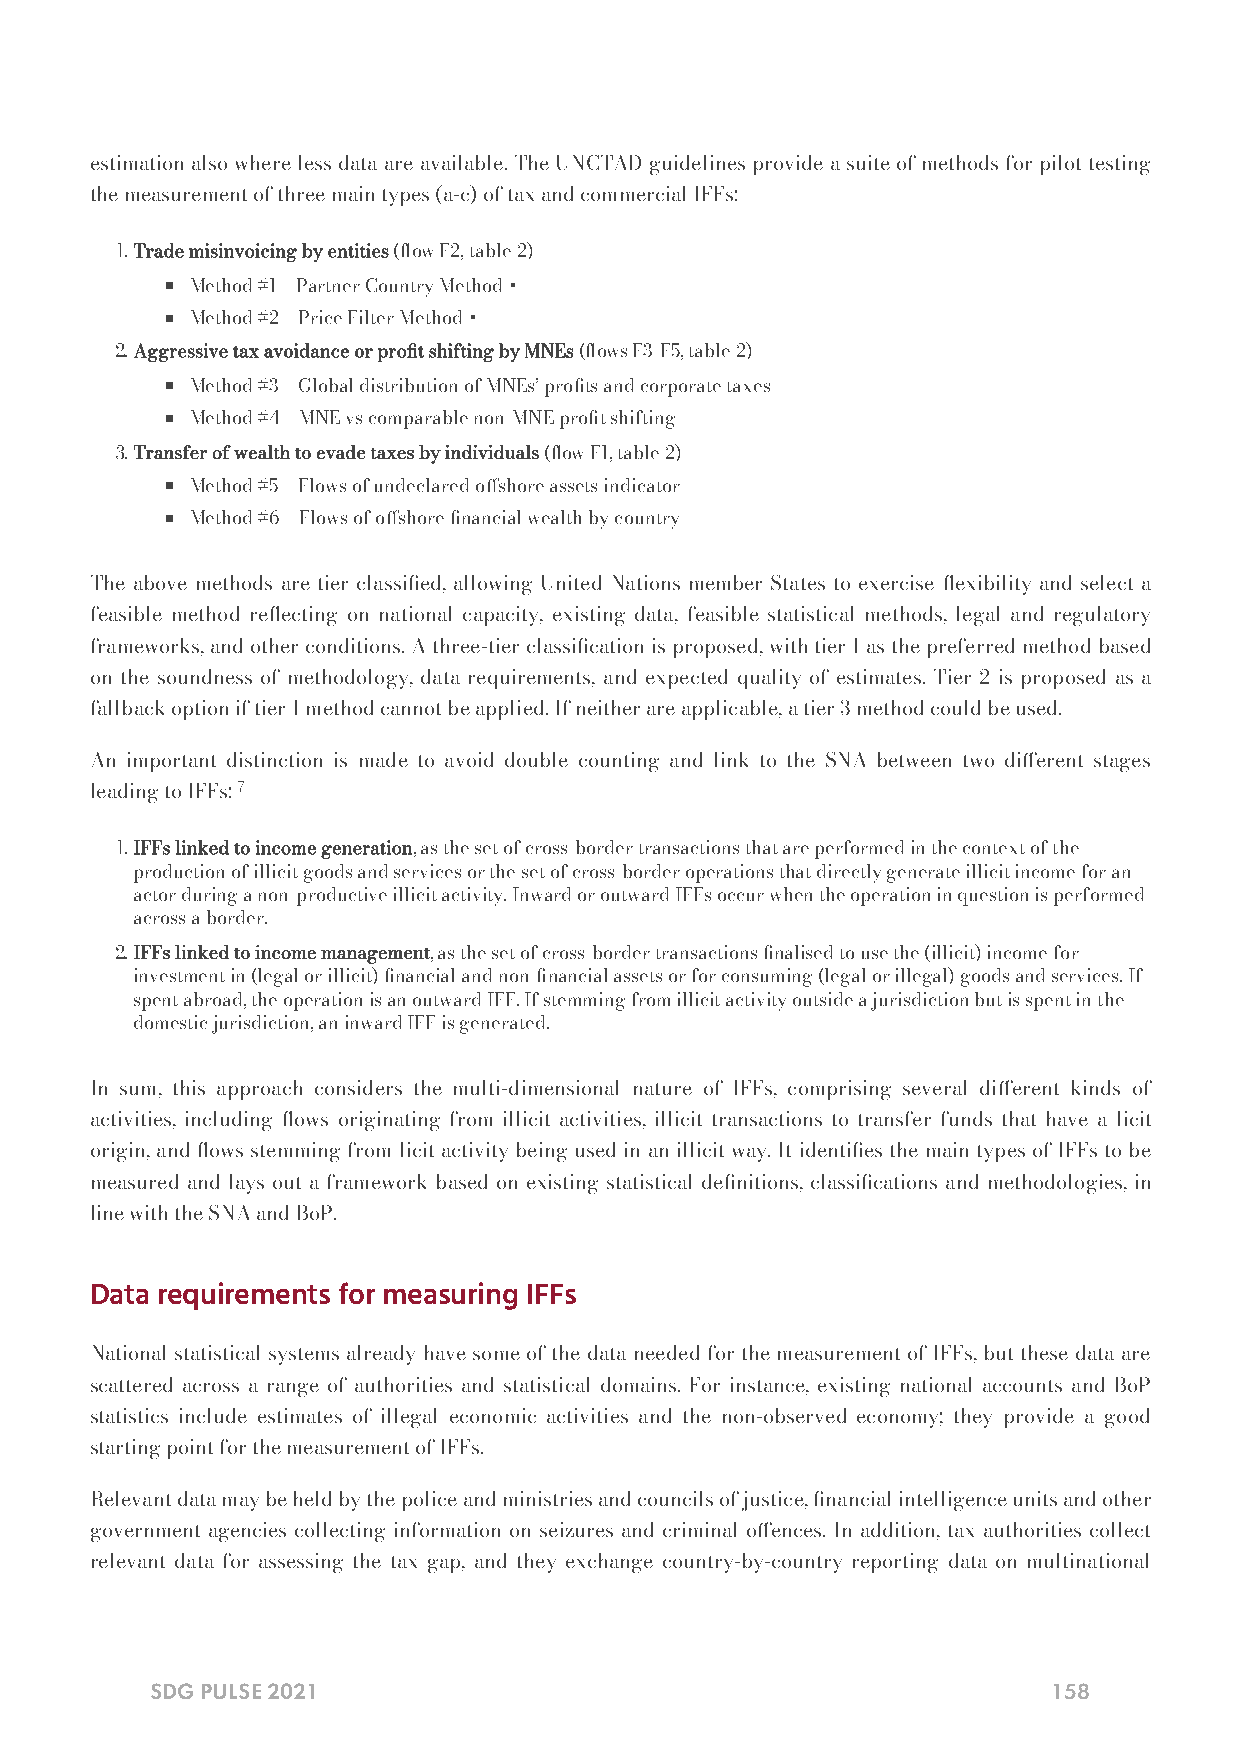
estimation also where less data are available. The UNCTAD guidelines provide a suite of methods for pilot testing
 the measurement of three main types (a-c) of tax and commercial IFFs:
 .Trade misinvoicing by entities (ow F2, table 2)
 Method #1 – Partner Country Method +
 Method #2 – Price Filter Method +
 .Aggressive tax avoidance or prot shifting by MNEs (ows F3-F5, table 2)
 Method #3 – Global distribution of MNEs’ prots and corporate taxes
 Method #4 – MNE vs comparable non-MNE prot shifting
 .Transfer of wealth to evade taxes by individuals (ow F1, table 2)
 Method #5 – Flows of undeclared oshore assets indicator
 Method #6 – Flows of oshore nancial wealth by country
 The above methods are tier classied, allowing United Nations member States to exercise exibility and select a
 feasible method reecting on national capacity, existing data, feasible statistical methods, legal and regulatory
 frameworks, and other conditions. A three-tier classication is proposed, with tier 1 as the preferred method based
 on the soundness of methodology, data requirements, and expected quality of estimates. Tier 2 is proposed as a
 fallback option if tier 1 method cannot be applied. If neither are applicable, a tier 3 method could be used.
 An important distinction is made to avoid double counting and link to the SNA between two dierent stages
 leading to IFFs: 7
 .IFFs linked to income generation, as the set of cross-border transactions that are performed in the context of the
 production of illicit goods and services or the set of cross-border operations that directly generate illicit income for an
 actor during a non-productive illicit activity. Inward or outward IFFs occur when the operation in question is performed
 across a border.
 .IFFs linked to income management, as the set of cross-border transactions nalised to use the (illicit) income for
 investment in (legal or illicit) nancial and non-nancial assets or for consuming (legal or illegal) goods and services. If
 spent abroad, the operation is an outward IFF. If stemming from illicit activity outside a jurisdiction but is spent in the
 domestic jurisdiction, an inward IFF is generated.
 In sum, this approach considers the multi-dimensional nature of IFFs, comprising several dierent kinds of
 activities, including ows originating from illicit activities, illicit transactions to transfer funds that have a licit
 origin, and ows stemming from licit activity being used in an illicit way. It identies the main types of IFFs to be
 measured and lays out a framework based on existing statistical denitions, classications and methodologies, in
 line with the SNA and BoP.
 Data requirements for measuring IFFs
 National statistical systems already have some of the data needed for the measurement of IFFs, but these data are
 scattered across a range of authorities and statistical domains. For instance, existing national accounts and BoP
 statistics include estimates of illegal economic activities and the non-observed economy; they provide a good
 starting point for the measurement of IFFs.
 Relevant data may be held by the police and ministries and councils of justice, nancial intelligence units and other
 government agencies collecting information on seizures and criminal oences. In addition, tax authorities collect
 relevant data for assessing the tax gap, and they exchange country-by-country reporting data on multinational
 SDG PULSE 2021                                              158